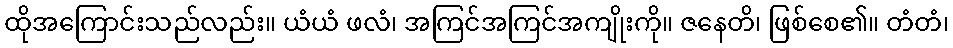
ထိုအကြောင်းသည်လည်း။ ယံယံ ဖလံ၊ အကြင်အကြင်အကျိုးကို။ ဇနေတိ၊ ဖြစ်စေ၏။ တံတံ၊